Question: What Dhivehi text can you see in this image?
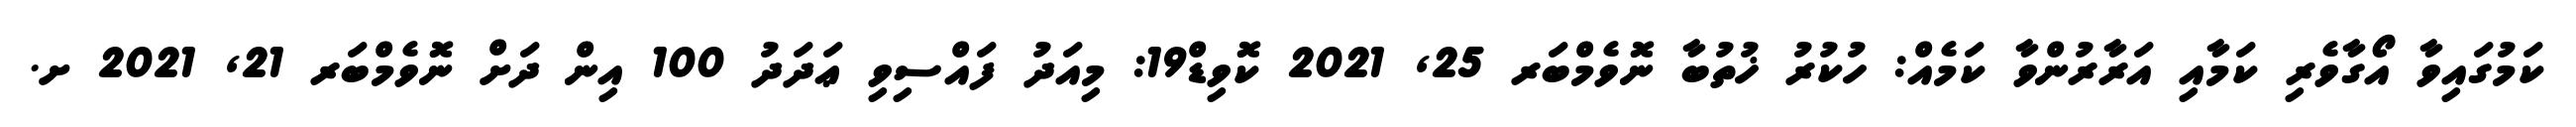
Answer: ކަމުގައިވާ އޯގާވެރި ކަމާއި އަރާރުންވާ ކަމެއް: ހުކުރު ޚުތުބާ ނޮވެމްބަރ 25, 2021 ކޮވިޑް19: މިއަދު ފައްސިވި ޢަދަދު 100 އިން ދަށް ނޮވެމްބަރ 21, 2021 ށ.